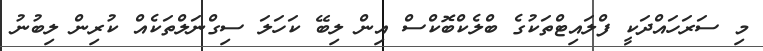
މި ސަރަހައްދަކީ ފްލައިޓްތަކުގެ ބްލެކްބޮކްސް އިން ލިބޭ ކަހަލަ ސިގްނަލްތަކެއް ކުރިން ލިބުނު